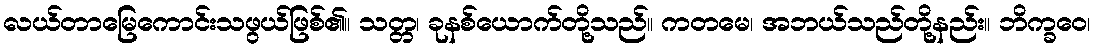
လယ်တာမြေကောင်းသဖွယ်ဖြစ်၏။ သတ္တ၊ ခုနစ်ယောက်တို့သည်။ ကတမေ၊ အဘယ်သည်တို့နည်း။ ဘိက္ခဝေ၊